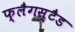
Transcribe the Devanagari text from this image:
फ्लैगस्टैड